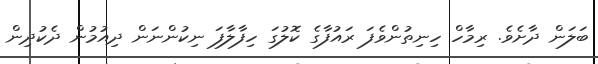
ބަލަން ދާށެވެ. ރިމާހް ހިނިތުންވެފަ ރައުފާގެ ކޮލުގަ ހިފާލާފަ ނިކުންނަން ދިއުމުން ދެކުދިން